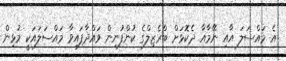
އެ މައްސަލަ އާއި ނޭމާއާ ދެކޮޅަށް ބްރެޒިލްގެ ކުންފުނިން ވައްދާފައިވާ މައްސަލައަކީ މުޅިން